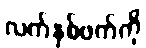
လက်နှစ်ဖက်ကို